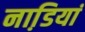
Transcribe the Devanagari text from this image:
नाडि़यां